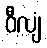
ဝီလျံ